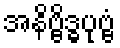
အနိဗ္ဗိဒ္ဓပုဗ္ဗံ